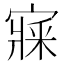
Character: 𡪘